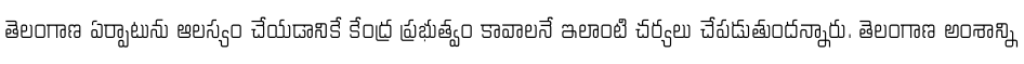
తెలంగాణ ఏర్పాటును ఆలస్యం చేయడానికే కేంద్ర ప్రభుత్వం కావాలనే ఇలాంటి చర్యలు చేపడుతుందన్నారు. తెలంగాణ అంశాన్ని